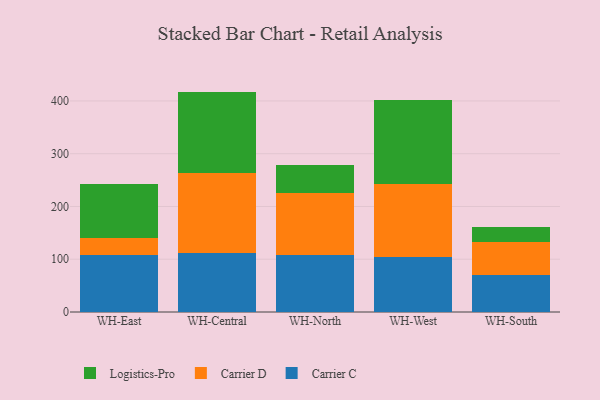
{"axis": {"x": "Warehouse", "y": "Churn Rate (%)"}, "legend": ["Carrier C", "Carrier D", "Logistics-Pro"], "data": [{"x": "WH-East", "y": 108.8, "type": "Carrier C"}, {"x": "WH-East", "y": 31.9, "type": "Carrier D"}, {"x": "WH-East", "y": 102.0, "type": "Logistics-Pro"}, {"x": "WH-Central", "y": 111.8, "type": "Carrier C"}, {"x": "WH-Central", "y": 151.5, "type": "Carrier D"}, {"x": "WH-Central", "y": 154.4, "type": "Logistics-Pro"}, {"x": "WH-North", "y": 107.5, "type": "Carrier C"}, {"x": "WH-North", "y": 117.1, "type": "Carrier D"}, {"x": "WH-North", "y": 54.7, "type": "Logistics-Pro"}, {"x": "WH-West", "y": 104.3, "type": "Carrier C"}, {"x": "WH-West", "y": 138.8, "type": "Carrier D"}, {"x": "WH-West", "y": 159.2, "type": "Logistics-Pro"}, {"x": "WH-South", "y": 70.6, "type": "Carrier C"}, {"x": "WH-South", "y": 62.8, "type": "Carrier D"}, {"x": "WH-South", "y": 28.1, "type": "Logistics-Pro"}]}